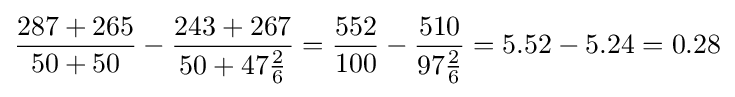
{\frac {287+265}{50+50}}-{\frac {243+267}{50+47{\frac {2}{6}}}}={\frac {552}{100}}-{\frac {510}{97{\frac {2}{6}}}}=5.52-5.24=0.28